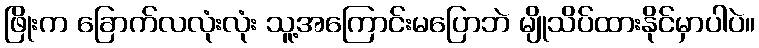
ဖြိုးက ခြောက်လလုံးလုံး သူ့အကြောင်းမပြောဘဲ မျိုသိပ်ထားနိုင်မှာပါပဲ။